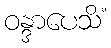
ဝန္ဒာပေသိံ